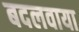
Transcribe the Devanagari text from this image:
बदलवाया